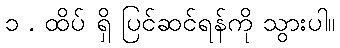
၁ . ထိပ် ရှိ ပြင်ဆင်ရန်ကို သွားပါ။